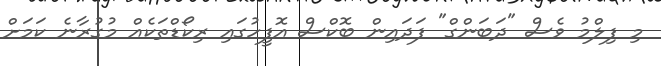
މި ފިލްމު ވެސް "ދަބަންގް" ފަދައިން ބޮކްސް އޮފީހުގައި ރިކޯޑްތަކެއް މުގުރާނެ ކަމަށް